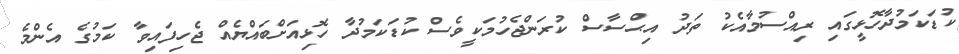
ކުޑަކަމުދާހޮޅީގައި ރިއްސުމާއެކު ތަދު އިޙްސާސް ކުރަންޖެހުމަކީވެސް ކުޑަކަމުދާ ހޮޅިއަށްބައްޔެއް ޖެހިފައިވާ ކަމުގެ އެންމެ